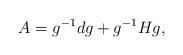
LaTeX: \begin{align*}A = g^{-1} dg + g^{-1} H g,\end{align*}